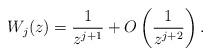
LaTeX: \begin{align*}W_{j}(z)=\frac{1}{z^{j+1}}+O\left(\frac{1}{z^{j+2}}\right).\end{align*}